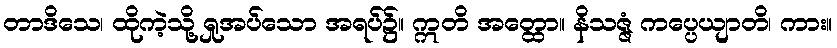
တာဒိသေ၊ ထိုကဲ့သို့ ရှုအပ်သော အရပ်၌။ ဣတိ အတ္ထော။ နိသဇ္ဇံ ကပ္ပေယျာတိ၊ ကား။